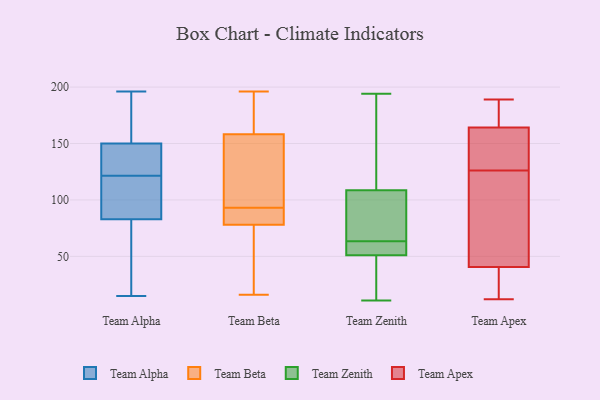
{"axis": {"x": "Conversion Rate (%)", "y": "Value"}, "legend": ["Team Alpha", "Team Apex", "Team Beta", "Team Zenith"], "data": [{"x": "", "y": 152, "type": "Team Alpha"}, {"x": "", "y": 196, "type": "Team Alpha"}, {"x": "", "y": 138, "type": "Team Alpha"}, {"x": "", "y": 101, "type": "Team Alpha"}, {"x": "", "y": 98, "type": "Team Alpha"}, {"x": "", "y": 15, "type": "Team Alpha"}, {"x": "", "y": 108, "type": "Team Alpha"}, {"x": "", "y": 135, "type": "Team Alpha"}, {"x": "", "y": 148, "type": "Team Alpha"}, {"x": "", "y": 83, "type": "Team Alpha"}, {"x": "", "y": 57, "type": "Team Alpha"}, {"x": "", "y": 144, "type": "Team Alpha"}, {"x": "", "y": 83, "type": "Team Alpha"}, {"x": "", "y": 169, "type": "Team Alpha"}, {"x": "", "y": 157, "type": "Team Alpha"}, {"x": "", "y": 62, "type": "Team Alpha"}, {"x": "", "y": 93, "type": "Team Beta"}, {"x": "", "y": 80, "type": "Team Beta"}, {"x": "", "y": 168, "type": "Team Beta"}, {"x": "", "y": 23, "type": "Team Beta"}, {"x": "", "y": 69, "type": "Team Beta"}, {"x": "", "y": 16, "type": "Team Beta"}, {"x": "", "y": 108, "type": "Team Beta"}, {"x": "", "y": 85, "type": "Team Beta"}, {"x": "", "y": 155, "type": "Team Beta"}, {"x": "", "y": 72, "type": "Team Beta"}, {"x": "", "y": 188, "type": "Team Beta"}, {"x": "", "y": 86, "type": "Team Beta"}, {"x": "", "y": 127, "type": "Team Beta"}, {"x": "", "y": 196, "type": "Team Beta"}, {"x": "", "y": 187, "type": "Team Beta"}, {"x": "", "y": 106, "type": "Team Beta"}, {"x": "", "y": 92, "type": "Team Beta"}, {"x": "", "y": 69, "type": "Team Zenith"}, {"x": "", "y": 50, "type": "Team Zenith"}, {"x": "", "y": 54, "type": "Team Zenith"}, {"x": "", "y": 58, "type": "Team Zenith"}, {"x": "", "y": 108, "type": "Team Zenith"}, {"x": "", "y": 194, "type": "Team Zenith"}, {"x": "", "y": 79, "type": "Team Zenith"}, {"x": "", "y": 133, "type": "Team Zenith"}, {"x": "", "y": 52, "type": "Team Zenith"}, {"x": "", "y": 37, "type": "Team Zenith"}, {"x": "", "y": 11, "type": "Team Zenith"}, {"x": "", "y": 109, "type": "Team Zenith"}, {"x": "", "y": 122, "type": "Team Apex"}, {"x": "", "y": 18, "type": "Team Apex"}, {"x": "", "y": 144, "type": "Team Apex"}, {"x": "", "y": 40, "type": "Team Apex"}, {"x": "", "y": 171, "type": "Team Apex"}, {"x": "", "y": 126, "type": "Team Apex"}, {"x": "", "y": 12, "type": "Team Apex"}, {"x": "", "y": 42, "type": "Team Apex"}, {"x": "", "y": 189, "type": "Team Apex"}, {"x": "", "y": 179, "type": "Team Apex"}, {"x": "", "y": 130, "type": "Team Apex"}]}